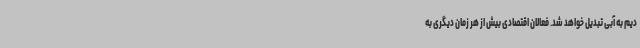
دیم به آبی تبدیل خواهد شد. فعالان اقتصادی بیش از هر زمان دیگری به